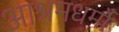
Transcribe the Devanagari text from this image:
आश्रमधर्मों